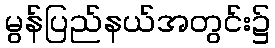
မွန်ပြည်နယ်အတွင်း၌